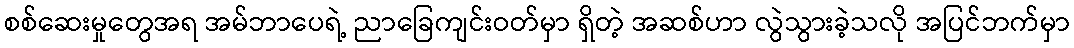
စစ်ဆေးမှုတွေအရ အမ်ဘာပေရဲ့ ညာခြေကျင်းဝတ်မှာ ရှိတဲ့ အဆစ်ဟာ လွဲသွားခဲ့သလို အပြင်ဘက်မှာ